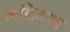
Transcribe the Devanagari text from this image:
कटिवस्त्र